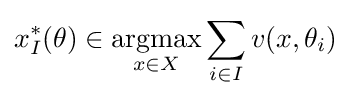
x_{I}^{*}(\theta )\in {\underset {x\in X}{\operatorname {argmax} }}\sum _{i\in I}v(x,\theta _{i})